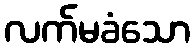
လက်မခံသော